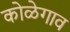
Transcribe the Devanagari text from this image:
कोळेगाव